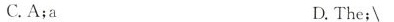
C.A;a D.The;\